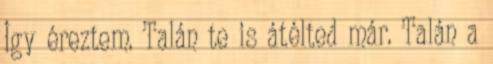
Így éreztem. Talán te is átélted már. Talán a